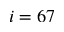
i = 6 7